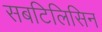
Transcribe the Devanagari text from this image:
सबटिलिसिन